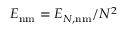
E _ { \mathrm { n m } } = E _ { N , \mathrm { n m } } / N ^ { 2 }